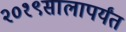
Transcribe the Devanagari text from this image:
२०१९सालापर्यंत